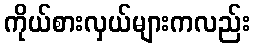
ကိုယ်စားလှယ်များကလည်း